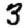
Digit: 3